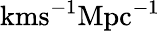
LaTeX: \textrm{kms}^{-1}\textrm{Mpc}^{-1}